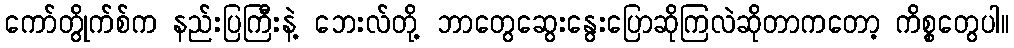
ကော်တွိုက်စ်က နည်းပြကြီးနဲ့ ဘေးလ်တို့ ဘာတွေဆွေးနွေးပြောဆိုကြလဲဆိုတာကတော့ ကိစ္စတွေပါ။